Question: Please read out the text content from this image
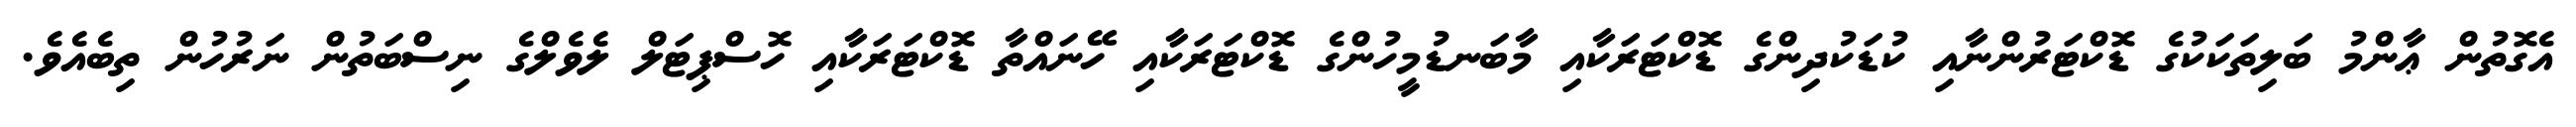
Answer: އެގޮތުން ޢާންމު ބަލިތަކަކުގެ ޑޮކްޓަރުންނާއި ކުޑަކުދިންގެ ޑޮކްޓަރަކާއި މާބަނޑުމީހުންގެ ޑޮކްޓަރަކާއި ހޭނައްތާ ޑޮކްޓަރަކާއި ހޮސްޕިޓަލް ލެވެލްގެ ނިސްބަތުން ނަރުހުން ތިބެއެވެ.